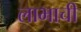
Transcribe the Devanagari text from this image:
लाभाची